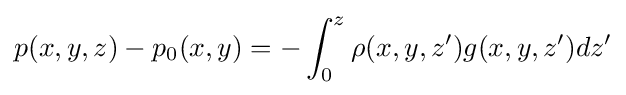
p(x,y,z)-p_{0}(x,y)=-\int _{0}^{z}\rho (x,y,z')g(x,y,z')dz'